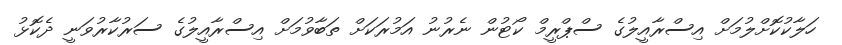
ހަލާކުކޮށްލުމަށް އިސްރާއީލުގެ ސްޕްރީމް ކޯޓުން ނެރުނު އަމުރަކަށް ތަބާވުމަށް އިސްރާއީލުގެ ސަރުކާރުވަނީ ދެކޮޅު